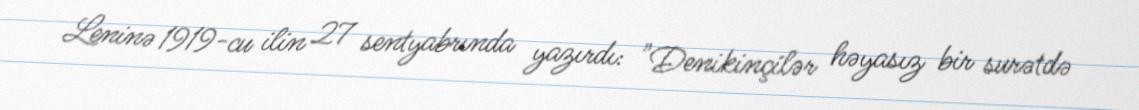
Leninə 1919-cu ilin 27 sentyabrında yazırdı: "Denikinçilər həyasız bir surətdə